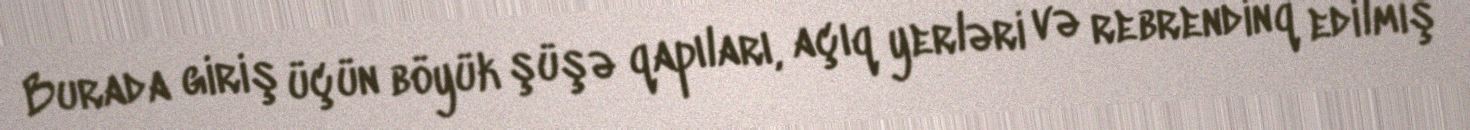
Burada giriş üçün böyük şüşə qapıları, açıq yerləri və rebrendinq edilmiş